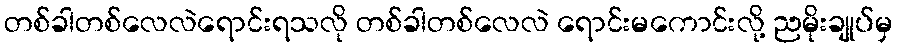
တစ်ခါတစ်လေလဲရောင်းရသလို တစ်ခါတစ်လေလဲ ရောင်းမကောင်းလို့ ညမိုးချုပ်မှ